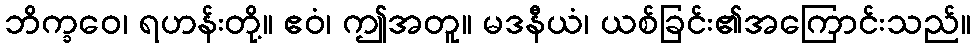
ဘိက္ခဝေ၊ ရဟန်းတို့။ ဧဝံ၊ ဤအတူ။ မဒနီယံ၊ ယစ်ခြင်း၏အကြောင်းသည်။